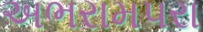
અભરામપરા